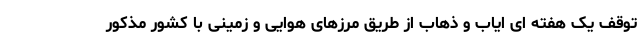
توقف یک هفته ای ایاب و ذهاب از طریق مرزهای هوایی و زمینی با کشور مذکور